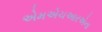
એમએચઆરએના